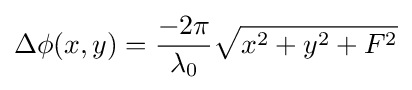
\Delta \phi (x,y)={\frac {-2\pi }{\lambda _{0}}}{\sqrt {x^{2}+y^{2}+F^{2}}}